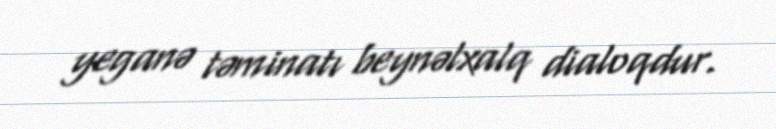
yeganə təminatı beynəlxalq dialoqdur.